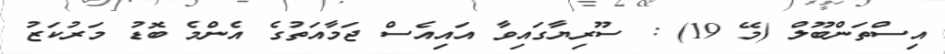
އިސްތަންބޫލް (މޭ 19) : ސޫރިޔާގައިވާ އައިއެސް ޖަމާއަތުގެ އެންމެ ބޮޑު މަރުކަޒު